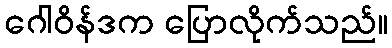
ဂေါဝိန်ဒက ပြောလိုက်သည်။